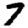
Digit: 7